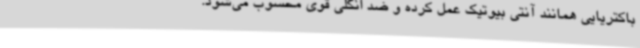
باکتریایی همانند آنتی بیوتیک عمل کرده و ضد انگلی قوی محسوب می‌شود.